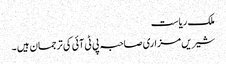
ملک ریاست
شیریں مزاری صاحبہ پی ٹی آئی کی ترجمان ہیں ۔